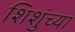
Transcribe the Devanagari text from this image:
शिशुंच्या